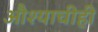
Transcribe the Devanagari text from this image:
औश्याचीही